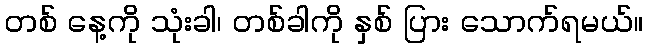
တစ် နေ့ကို သုံးခါ၊ တစ်ခါကို နှစ် ပြား သောက်ရမယ်။